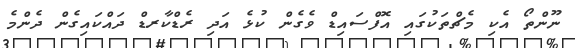
ނޫންތޯ އެކި މެޗްތަކުގައި އޮފްސައިޑް ވެގެން ކުޅެ އަދި ރެޑްކާރޑް ދައްކައިގެން ދެންމެ